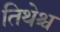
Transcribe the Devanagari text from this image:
तिथेश्च